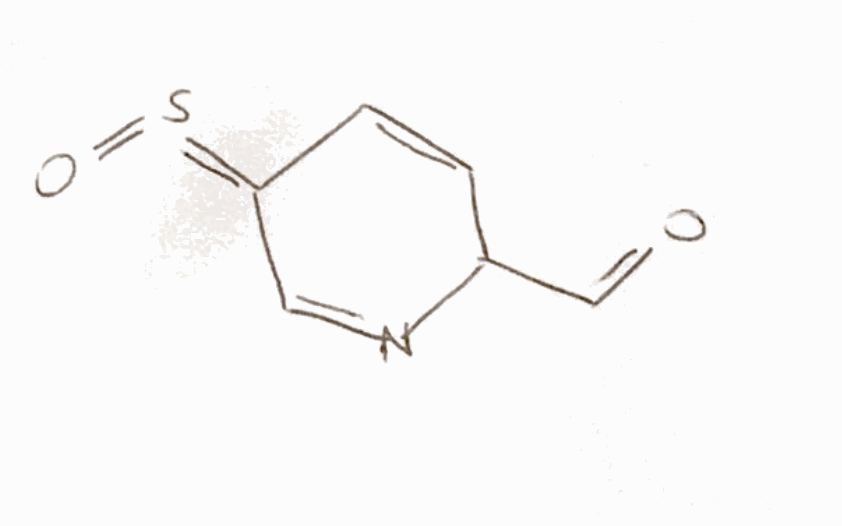
Simplified molecular-input line-entry system (SMILES) notation of the given molecule:
C1=CC(=S=O)C=NC1C=O